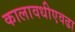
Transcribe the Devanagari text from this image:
कालावधीएवढा